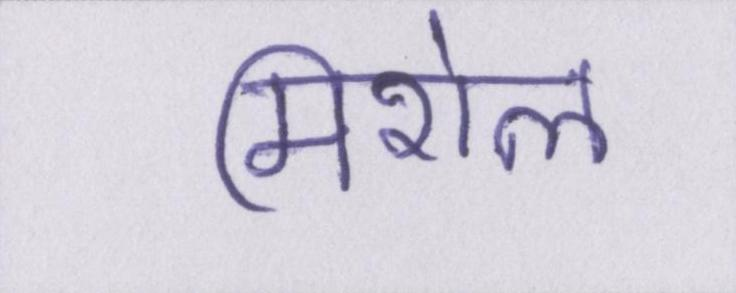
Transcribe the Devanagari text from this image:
मिशेल